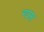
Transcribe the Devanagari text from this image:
न्यसा